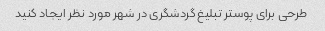
طرحی برای پوستر تبلیغ گردشگری در شهر مورد نظر ایجاد کنید